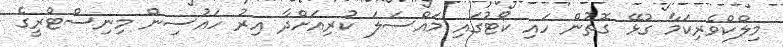
މިލްކްވެރިކަމާ ގުޅޭ ގޮތުން ހައި ކޯޓުގައި މައްސަލަ ކުރިއަށްދާ އިރު ހައުސިން މިނިސްޓްރީގެ